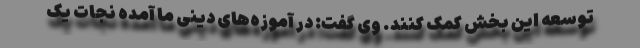
توسعه این بخش کمک کنند. وی گفت: در آموزه‌های دینی ما آمده نجات یک